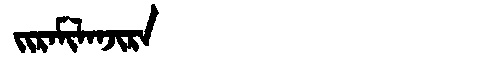
Manchu: ᠵᡳᡵᠠᠮᡳᠯᠠᠨᠵᡳᡵᠠ
Romanization: JIRAMILANJIRA